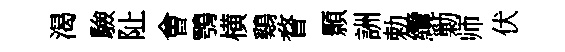
渴驗阯㑹鶚横鷄瞀顥詶勅纜勦师伏